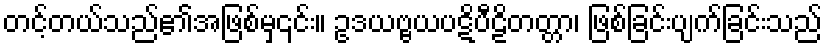
တင့်တယ်သည်၏အဖြစ်မှ၎င်း။ ဥဒယဗ္ဗယပဋိပီဠိတတ္တာ၊ ဖြစ်ခြင်းပျက်ခြင်းသည်